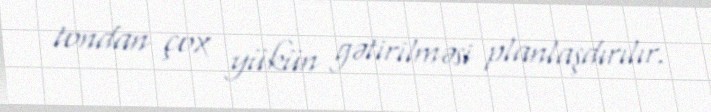
tondan çox yükün gətirilməsi planlaşdırılır.